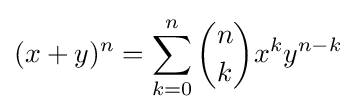
(x+y)^{n}=\sum _{k=0}^{n}{\binom {n}{k}}x^{k}y^{n-k}